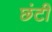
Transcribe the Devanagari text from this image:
छंटी